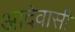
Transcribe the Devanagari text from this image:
आदेवासी